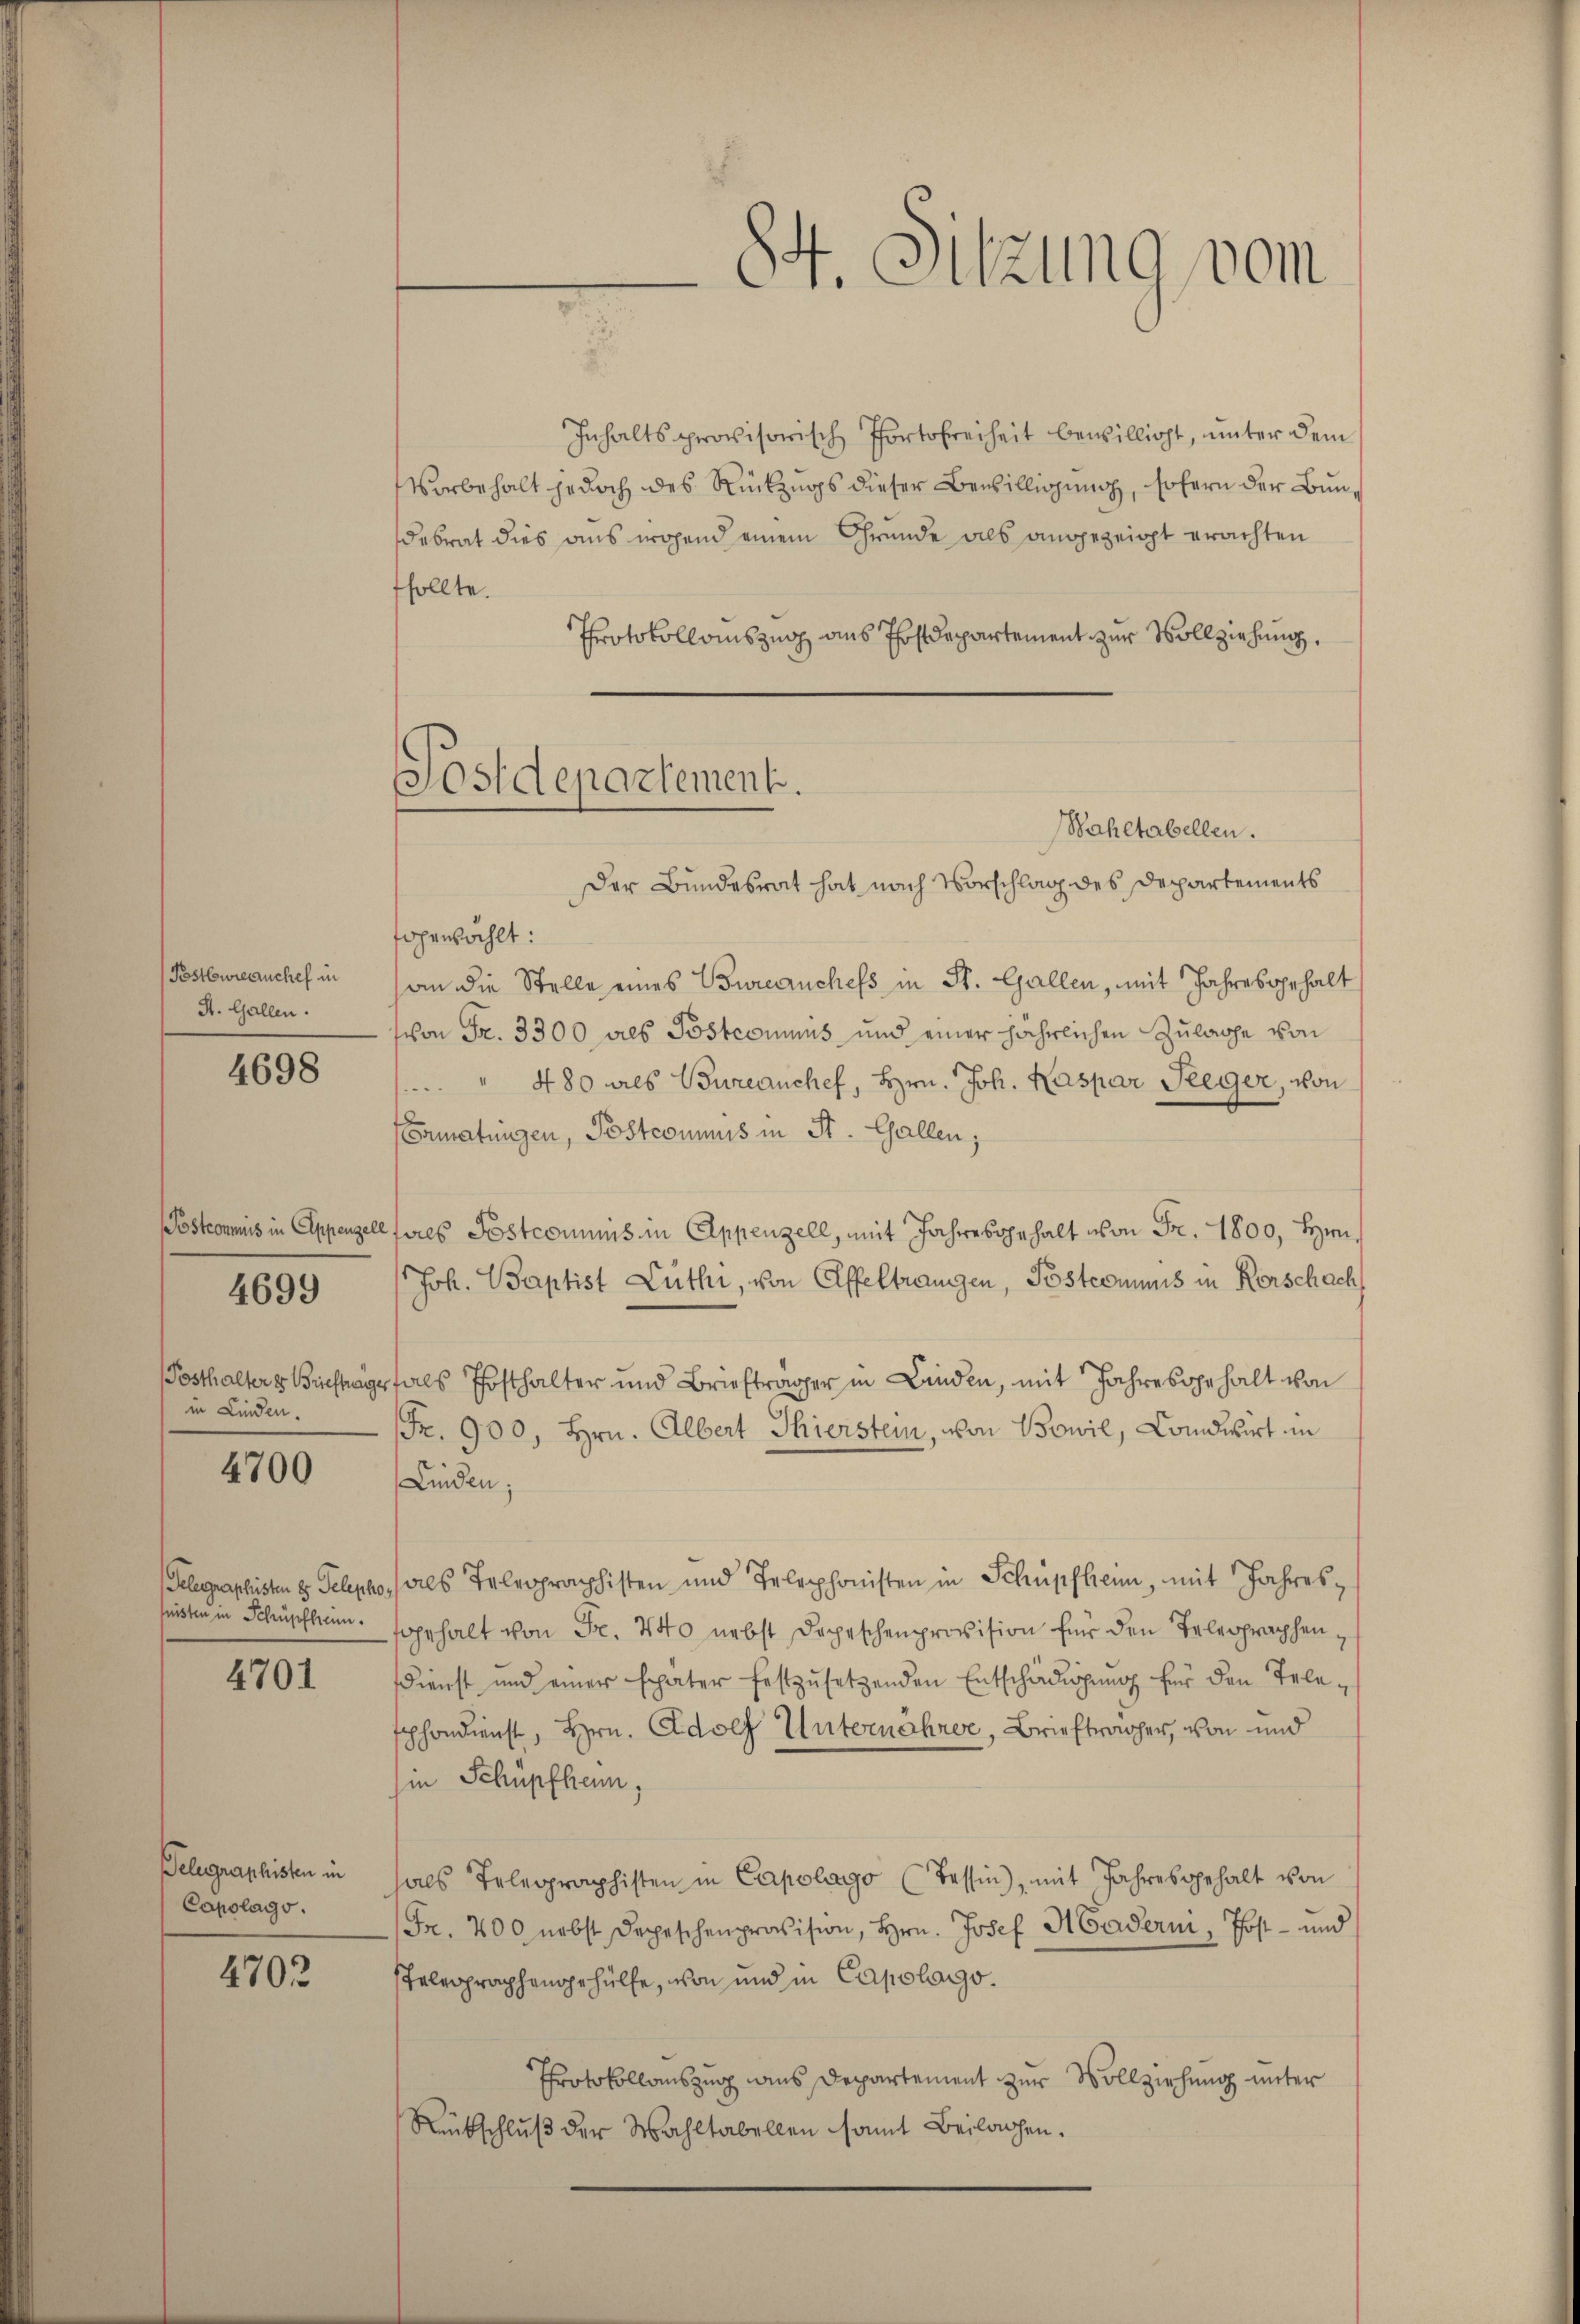
Postbureauchef in
A. Gallen.

4698

(Posthalter er Brieftrage
in Linden.

4699

4700

Gelegraphisten es Teleph
histen in Schüpfheim.

4701

Telegraphisten in
Capolago.

4703

84. Sitzung vom

Inhaltsprovisorisch Portofreiheit bewilligt, ŭnter dem
Vorbehalt jedoch des Rückzugs dieser Bewilligung, sofern der Bundebrat dies aus wohend einem Grunde als angezeigt erachten
fsollte.
Protokollauszug aus Postdepartement zur Vollziehung,
fogewählt:
an die Stelle eines Bureanchefs in St. Gallen, mit Jahresgehalt
schon Fr. 3300. als Postcommis und einer jährlichen Zulage von
" 480 als Bureauchef, Hrn. Joh. Kaspar Seeger, von
Ermatingen, Postcommis in St. Gallen;
Postcommis in Appenzell feres Postcommis in Appenzell, mit Jahresgehalt von Fr. 1800, Hin
Joh. Baptist Lüthi, von Affeltrangen, Postcommis in Kerschach
rfals Posthalter und Briefträger in Linden, mit Jahresgehalt von
Fr. 900, Hrn. Albert Thierstein, von Bowil, Landwirt in
Linden;
./ als Telegraphisten und Telephonisten in Schüpfheim, mit Jahresfgehalt von Fr. 440 nebst Depeschenprovision für den Telegraphendienst und einer später festzŭsetzenden Entschädigŭng für den Tele-
sphondienst, Hrn. Adolf Unternährer, Brieftrager, von und
hin Schüpfheim,
hals Telegraphisten in Capolago (Tessin, mit Jahresgehalt von
Fr. 200 nebst Depeschenprovision, Hrn. Josef Haderni, Post- und
sTelegraphengehülfe, von und in Capolago.
Protokollauszug aus Departement zur Vollziehung unter
Rückschluß der Wahltabellen samt Beilagen.

Postdepartement.
Wahltabellen.
Der Bundesrat hat nach Vorschlag des Departements